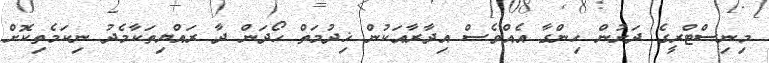
މިނިސްޓްރީގެ ދަށުން ހިންގާ އެއްވެސް އިދާރާއަކުން ޚިދުމަތް ހޯދަން ދާ ރައްޔިތަކާމެދު ނިކަމެތިކޮށް